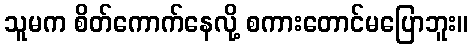
သူမက စိတ်ကောက်နေလို့ စကားတောင်မပြောဘူး။